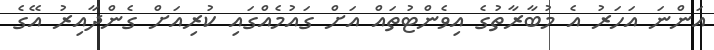
އަންނަ އަހަރު އެ މުބާރާތުގެ އިވެންޓުތައް އަށް ގައުމެއްގައި ކުރިއަށް ގެންދާއިރު އޭގެ